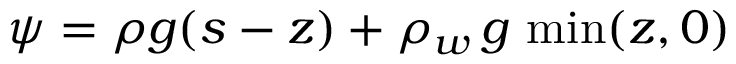
\psi = \rho g ( s - z ) + \rho _ { w } \, g \, \operatorname* { m i n } ( z , 0 )